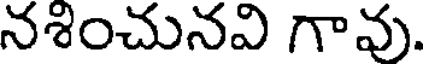
నశించునవి గావు.